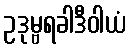
ဥဒုမ္ဗရခါဒီဝါယံ